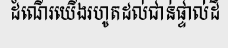
ដំណើរយើងរហូតដល់ជាន់ផ្ទាល់ដី